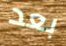
بعد